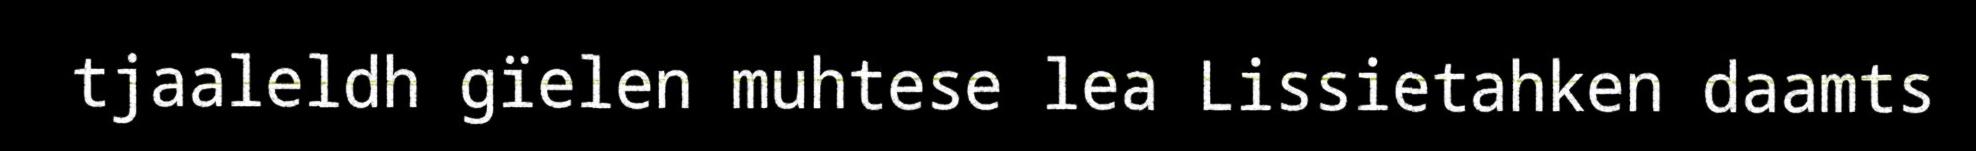
tjaaleldh gïelen muhtese lea Lissietahken daamts